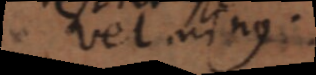
vel in